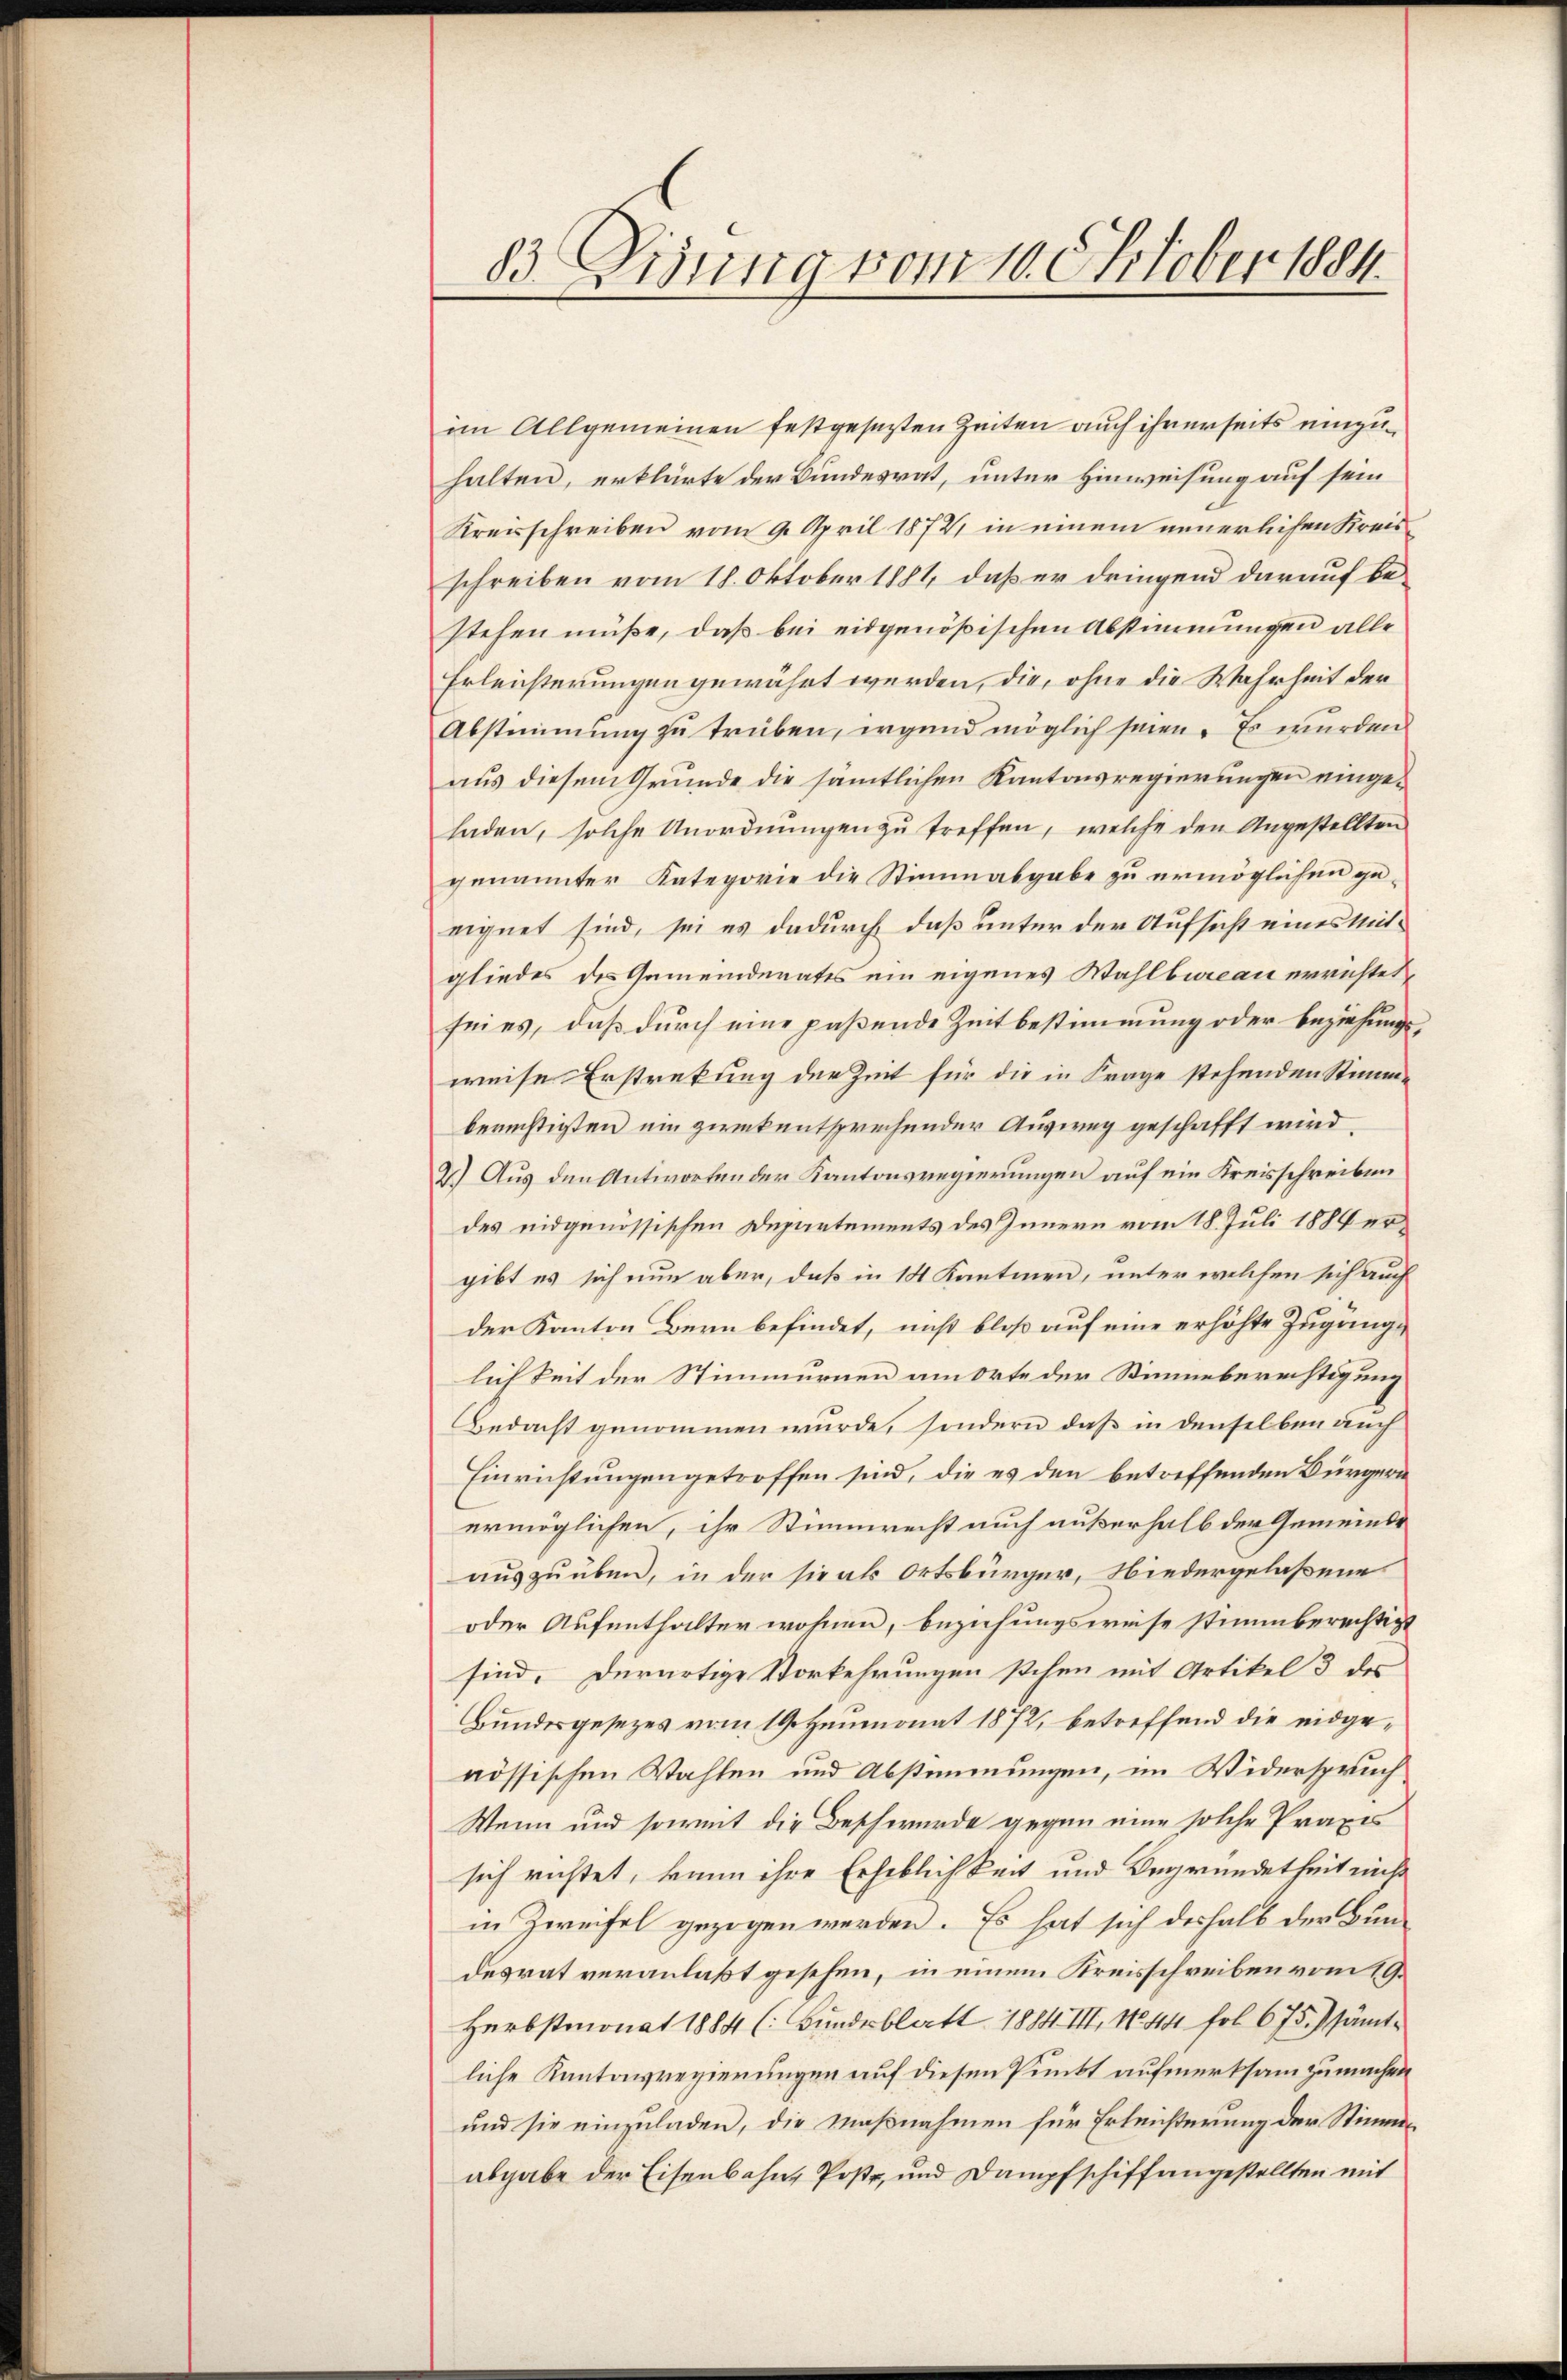
83. Disung vom 10. Oktober 1884.

im Allgemeinen festgesetzten Zeiten auch ihrerseits einzuhalten, erklärte der Bundesrat, unter Hinweisung auf sein
Kreisschreiben vom 9. April 1872, in einem neuerlichen Kreisschreiben vom 18. Oktober 1881, daß er dringend darauf bestehen müße, daß bei eidgenößischen Abstimmungen alle
Erleichterungen gewährt werden, die, ohne die Wahrheit der
Abstimmung zu trüben, irgend möglich seien. Es wurden
aus diesem Grunde die sämtlichen Kantonsregierungen eingeladen, solche Unordnungen zu treffen, welche den Angestellten
genannter Kategorie die Stimmabgabe zu ermöglichen ge-
eignet sind, sei es dadurch daß unter der Aufsicht eines Mitgliedes des Gemeinderates ein eigenes Wahlbureau errichtet,
seies, daß durch eine paßende Zeitbestimmung oder beziehungs-
weise Erstreckung der Zeit für die in Frage stehenden Stimmberichtigten um zweckentsprechender Ausweg geschafft wird.
2.) Aus den Antworten der Kantonsregierungen auf ein Kreisschreiben
des eidgenössischen Departements des Innern vom 18. Juli 1884 ergibt es sich nun aber, daß in 14 Kantinen, unter welchen sich auch
der Kanton Bern befindet, nicht bloß auf eine erhöhte Zuganglichkeit der Stimmurnen am Orte der Stimmberechtigung
Bedacht genommen wurde, sondern daß in denselben auch
Einrichtungen getroffen sind, die es den betreffenden Bürgeri
ermöglichen, ihr Stimmrecht auch außerhalb der Gemeinde
auszuüben, in der sie als Ortsbürger, Niedergelaßene
oder Aufenthalter wohnen, beziehungsweise stimmberechtigt
sind. Durartige Vorkehrungen stehen mit Artikel 3 des
Bundesgesezes vom 19. Heumonat 1872, betreffend die eidgenössischen Wahlen und Abstimmungen, im Widerspruch
Wenn und soweit die Beschwerde gegen eine solche Praxis
sich richtet, kann ihre Erheblichkeit und Begründetheit nicht
in Zweifel gezogen werden. Es hat sich deshalb der Bundesrat veranlaßt gesehen, in einem Kreisschreiben vom 19.
Herbstmonat 1884 (: Bundesblatt 1884 III, No. 44 Fr. 675.) sämtliche Kantonsregierungen auf diesen Punkt aufmerksam zu machen
und sie einzuladen, die Maßnahmen für Erleichterung der Stimmeabgabe der Eisenbahne Poste, und Dampfschiffangestellten mit